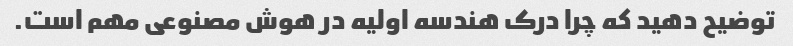
توضیح دهید که چرا درک هندسه اولیه در هوش مصنوعی مهم است.